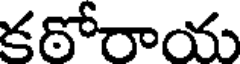
కదోరాయ